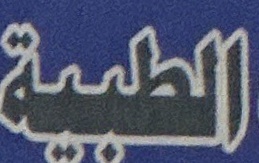
الطبية